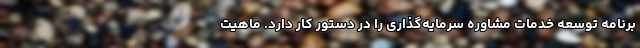
برنامه توسعه خدمات مشاوره سرمایه‌گذاری را در دستور کار دارد. ماهیت